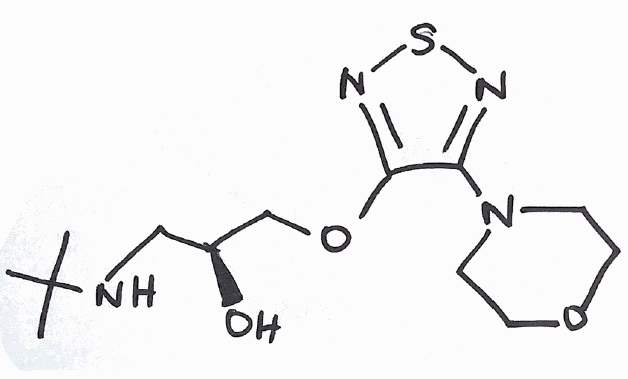
Simplified molecular-input line-entry system (SMILES) notation of the given molecule:
CC(C)(C)NC[C@@H](COC1=NSN=C1N2CCOCC2)O